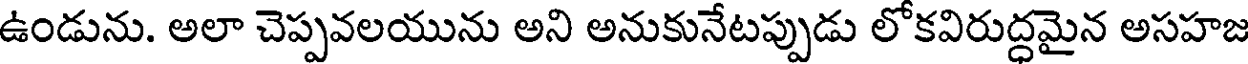
ఉండును. అలా చెప్పవలయును అని అనుకునేటప్పుడు లోకవిరుద్ధమైన అసహజ